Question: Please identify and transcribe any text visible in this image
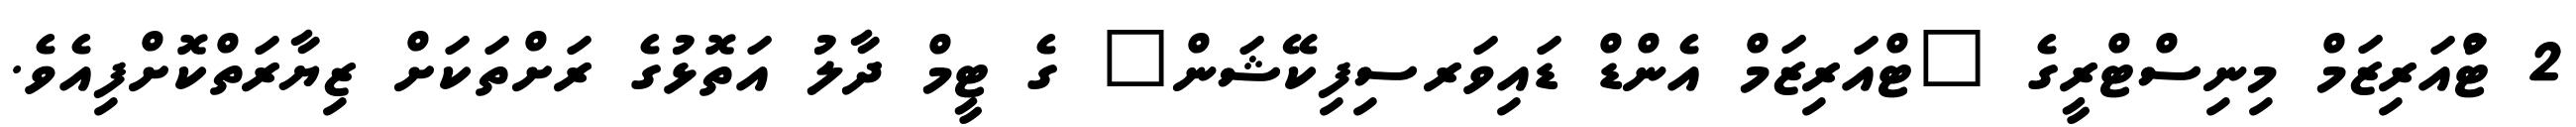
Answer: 2 ޓްުއަރިޒަމް މިނިސްޓްރީގެ "ޓްއަރިޒަމް އެންޑް ޑައިވަރސިފިކޭޝަން" ގެ ޓީމް ދާލު އަތޮޅުގެ ރަށްތަކަށް ޒިޔާރަތްކޮށްފިއެވެ.